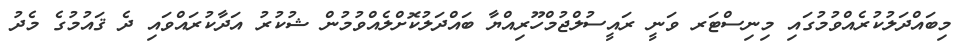
މިބައްދަލުކުރެއްވުމުގައި މިނިސްޓަރ ވަނީ ރައީސުލްޖުމްހޫރިއްޔާ ބައްދަލުކޮށްލެއްވުމުން ޝުކުރު އަދާކުރައްވައި ދެ ޤައުމުގެ މެދު